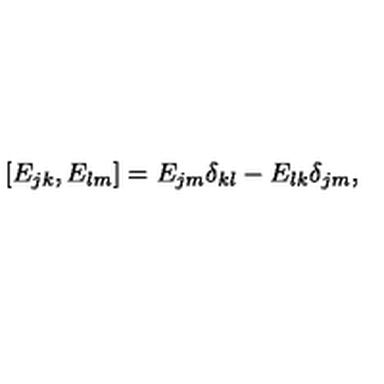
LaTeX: [ E _ { j k } , E _ { l m } ] = E _ { j m } \delta _ { k l } - E _ { l k } \delta _ { j m } ,